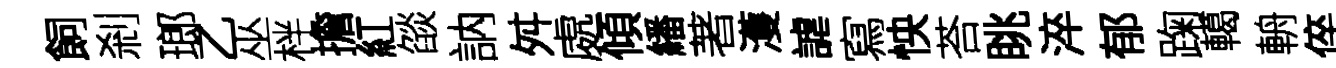
飼剎瑯乙巫柈擔紅燄訥舛處傾繙著濩謔寫怏荅眺淬郁踘轕輈倅